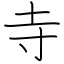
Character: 寺